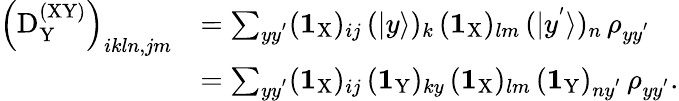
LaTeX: \begin{array}{rl}{\left(\mathrm{D}_{\mathrm Y}^{\mathrm{(XY)}}\right)_{ikln,jm}}&{=\sum_{yy^{'}}(\textbf{1}_{\mathrm{X}})_{ij}\, (|y\rangle)_{k}\, (\textbf{1}_{\mathrm{X}})_{lm}\, (|y^{'}\rangle)_{n}\, \rho_{yy^{'}}}\\ &{=\sum_{yy^{'}}(\textbf{1}_{\mathrm{X}})_{ij}\, (\textbf{1}_{\mathrm{Y}})_{ky}\, (\textbf{1}_{\mathrm{X}})_{lm}\, (\textbf{1}_{\mathrm{Y}})_{ny^{'}}\, \rho_{yy^{'}}.}\end{array}